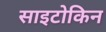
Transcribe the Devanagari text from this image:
साइटोकिन